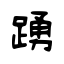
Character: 踴